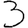
Digit: 3